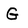
Character: G